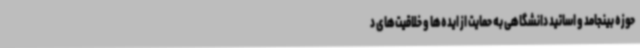
حوزه بینجامد و اساتید دانشگاهی به حمایت از ایده‌ها و خلاقیت‌های د